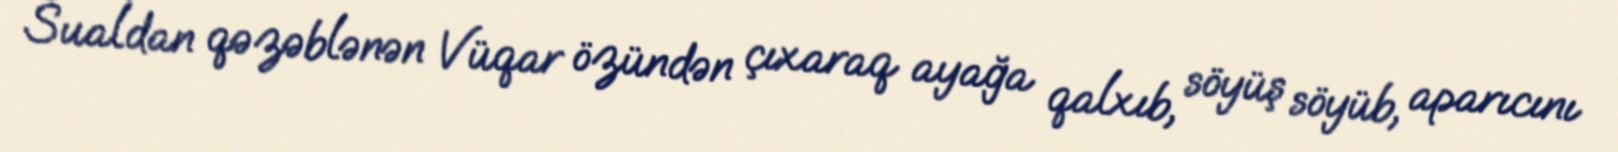
Sualdan qəzəblənən Vüqar özündən çıxaraq ayağa qalxıb, söyüş söyüb, aparıcını